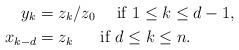
LaTeX: \begin{align*} y_k&= z_k/ z_0 \ \quad\hbox{if } 1\leq k\leq d-1,\\ x_{k-d}&= z_{k} \quad\ \ \hbox{if } d\leq k\leq n.\end{align*}